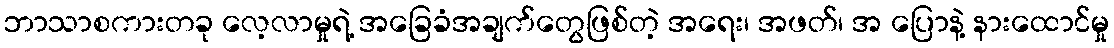
ဘာသာစကားတခု လေ့လာမှုရဲ့ အခြေခံအချက်တွေဖြစ်တဲ့ အရေး၊ အဖတ်၊ အ ပြောနဲ့ နားထောင်မှု